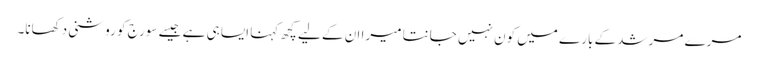
مرے مرشد کے بارے میں کون نہیں جانتا میرا ان کے لیے کچھ کہنا ایسا ہی ہے جیسے سورج کو روشنی دکھانا۔